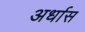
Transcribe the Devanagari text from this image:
अर्धास